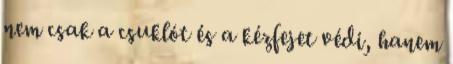
nem csak a csuklót és a kézfejet védi, hanem